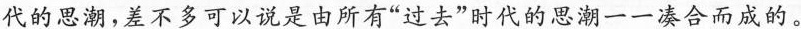
代的思潮，差不多可以说是由所有”过去”时代的思潮一一凑合而成的。